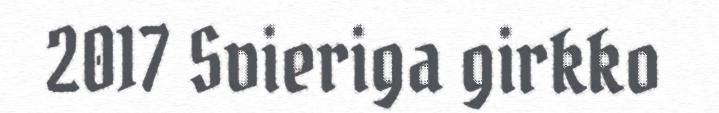
2017 Svieriga girkko